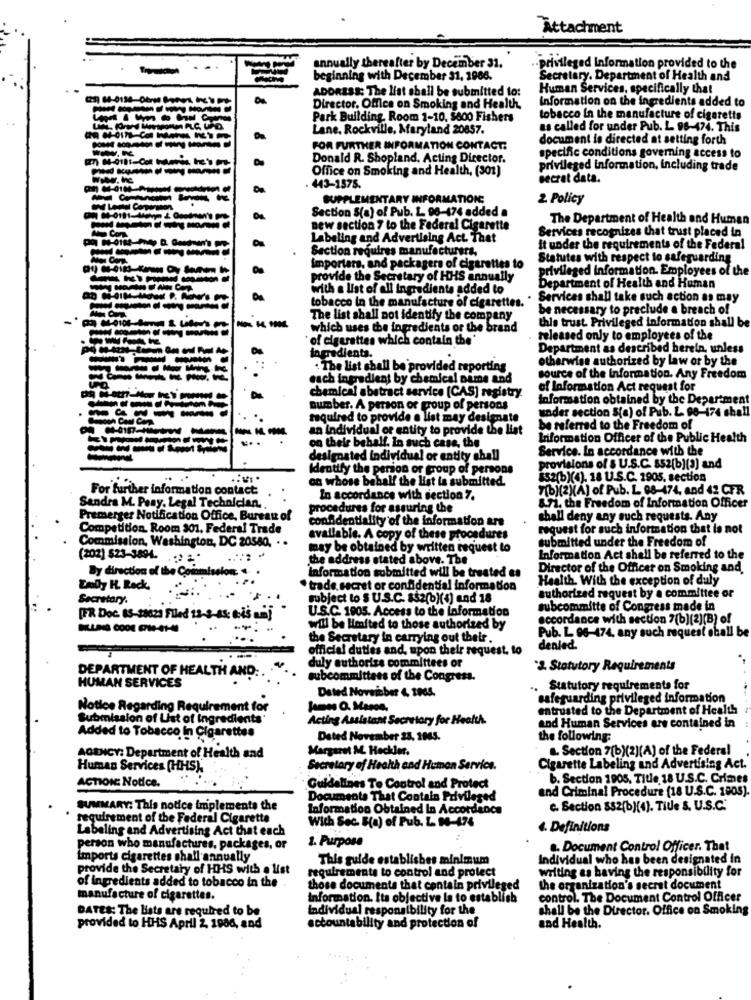
Attachment
..
annually thereafter by December 31.
-privileged Information provided to the
beginning with December 31, 1966.
Secretary. Department of Health and
ADDRESS: The list shall be submitted to:
Human Services, specifically that
Information on the ingredients added to
Director, Office on Smoking and Health,
Park Building, Room 1-10, 5800 Fishers
tobacco in the manufacture of cigaretts
Lane, Rockville, Maryland 20857.
as called for under Pub. L 96-474. This
document is directed at setting forth
FOR FURTHER INFORMATION CONTACT:
Donald R. Shopland, Acting Director.
specific conditions governing access to
Office on Smoking and Health, (301)
privileged information, including trade
secrat data.
. 443-1575.
SUPPLEMENTARY INFORMATION:
2 Policy
Section S(a) of Pub. L 96-476 added a
The Department of Health and Human
new section ? to the Federal Cigarette
Services recognizes that trust placed in
Labeling and Advertising Act. That
Section requires manufacturers,
It under the requirements of the Federal
Statutes with respect to safeguarding
Importars, and packagers of cigarettes to
privileged information. Employees of the
provide the Secretary of HHS annually
with a list of all ingredients added to
Department of Health and Human
tobacco in the manufacture of cigarettes.
Services shall take such action as may
-----
be necessary to preclude a breach of
-0100
The list shall not identify the company
this trust. Privileged information shall be
----
which uses the ingredients or the brand
of cigarettes which contain the'
released only to employees of the
ingredients.
Department as described herein, unless
otherwise authorized by law or by the
-
. The list shall be provided reporting
each ingredient by chemical name and
source of the Information. Any Freedom
chemical abstract service (CAS] registry
of Information Act request for
information obtained by the Department
number. A person or group of persons
under section S(a) of Pub. L. 98-174 shall
required to provide a list may designate
an individual or entity to provide the list
be referred to the Freedom of
Information Officer of the Public Health
on their behalf. In such case, the
Service. In accordance with the
designated individual or entity shall
Identify the person or group of persons
provisions of $ U.S.C. $52[b](3) and
on whose behalf the list is submitted.
$52(b)(4), 18 U.S.C. 1905. section
For further information contact:
7(b)(2)(A) of Pub. L 08-474, and 42 CFR
In accordance with section 7.
Sandra M. Peny. Legal Technician ..
procedures for assuring the
8.71. the Freedom of Information Officer
Premerger Notification Office, Bureau of
confidentiality of the information are
shall deny any such requests. Any
Competition. Room 301. Federal Trade
request for such information that is not
Commission, Washington, DC 20580. . .
available. A copy of these procedures
submitted under the Freedom of
may be obtained by written request to
(202) 523-3894. . .
the address stated above. The
Information Act shall be referred to the
By direction of th
Information submitted will be treated es
Director of the Officer on Smoking and.
Health. With the exception of duly
Emily H. Rack
trade secret or confidential information
Secretary.
subject to $ U.S.C. $$2(b)(+) and 18
authorized request by a committee or
U.S.C. 1905. Access to the Information
subcommitte of Congress made in
[FR Doc. 85-20623 Filed 12-3-45; bis um]
accordance with section 7(b)(2)(B) of
will be limited to those authorized by
Pub. L 96-474, any such request oball be
the Secretary in carrying out their.
official duties and, upon their request, to
denied.
duly authorize committees or
3. Statutory Requirements
DEPARTMENT OF HEALTH AND :.
subcommittees of the Congress.
HUMAN SERVICES
Dated Novsicher 4, 1905.
Statutory requirements for
safeguarding privileged information
Notice Regarding Requirement for
James O. Mason,
entrusted to the Department of Health
Submission of List of ingredients'
Acting Assistant Secretary for Health
and Human Services are contained in
Added to Tobacco In Cigarettes
Dated November 23, 1945.
the following:
Margaret M. Heckler.
a. Section 7(b)(2)(A) of the Federal
AGENCY: Department of Health and
Human Services (HHS),
Secretary of Health and Human Service.
Cigarette Labeling and Advertising Act.
ACTION Notice.
b. Section 1905. Title 18 U.S.C. Crimes
Guidelines To Control and Protect
and Criminal Procedure (18 U.S.C. 1805)
Documents That Contain Privileged
SUMMARY: This notice implements the
Information Obtained In Accordance
c. Section $$2(b)[4]. Title S. U.S.C.
requirement of the Federal Cigarette
With Soc Bo) of Pub. L 14-174
Labeling and Advertising Act that each
4. Definitions
1. Purpose
person who manufactures, packages, or
a. Document Control Officer. That
imports cigarettes shall annually
This guide establishes minimum
Individual who has been designated in
provide the Secretary of HHS with . list
requirements to control and protect
writing as having the responsibility for
of ingredients added to tobacco in the .
those documents that contain privileged
the organization's secret document
manufacture of cigarettes.
Information. Its objective la to establish
control. The Document Control Officer
DATES: The lists are required to be
Individual responsibility for the
shall be the Director. Office on Smoking
provided to HHS April 2, 1986, and
accountability and protection of
and Health.